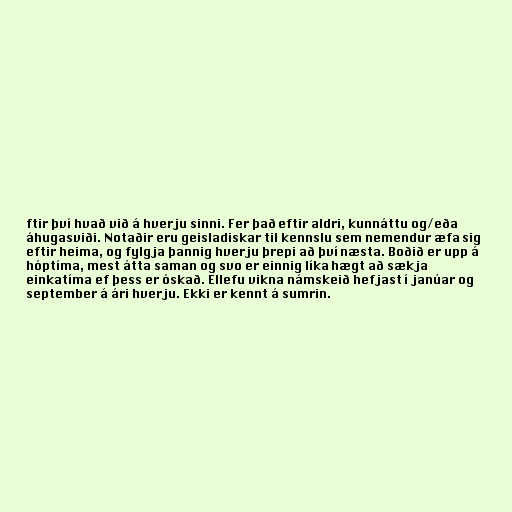
ftir því hvað við á hverju sinni. Fer það eftir aldri, kunnáttu og/eða
áhugasviði. Notaðir eru geisladiskar til kennslu sem nemendur æfa sig
eftir heima, og fylgja þannig hverju þrepi að því næsta. Boðið er upp á
hóptíma, mest átta saman og svo er einnig líka hægt að sækja
einkatíma ef þess er óskað. Ellefu vikna námskeið hefjast í janúar og
september á ári hverju. Ekki er kennt á sumrin.